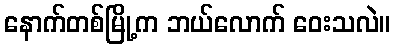
နောက်တစ်မြို့က ဘယ်လောက် ဝေးသလဲ။